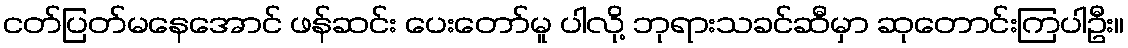
ငတ်ပြတ်မနေအောင် ဖန်ဆင်း ပေးတော်မူ ပါလို့ ဘုရားသခင်ဆီမှာ ဆုတောင်းကြပါဦး။